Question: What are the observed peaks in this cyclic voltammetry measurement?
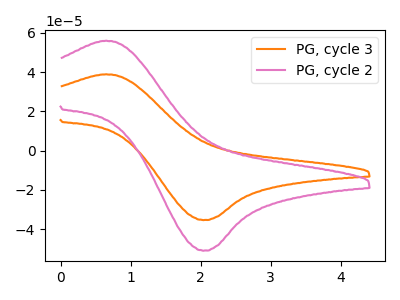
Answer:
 <answer>The orange curve "PG, cycle 3" has an anodic peak at (0.65V, 38.80uA) and a cathodic peak at (2.05V, -35.40uA). The pink curve "PG, cycle 2" has an anodic peak at (0.65V, 55.90uA) and a cathodic peak at (2.05V, -50.95uA).</answer>
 <eval></eval>